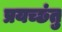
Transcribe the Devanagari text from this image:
प्रयच्छंतु